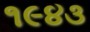
૧૯૪૩